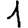
Digit: 1